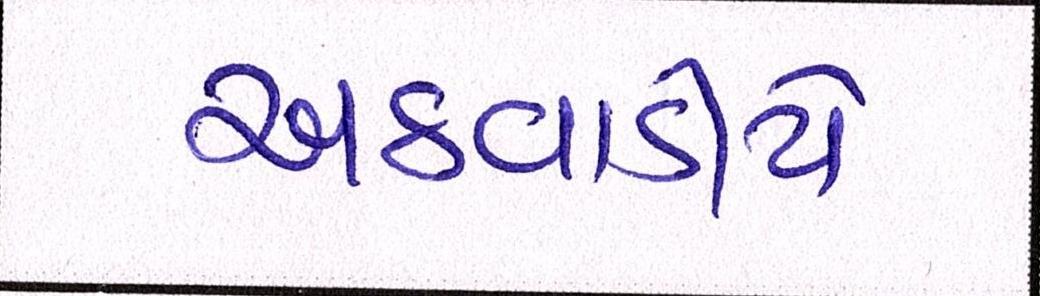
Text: અઠવાડીયે